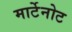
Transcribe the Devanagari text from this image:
मार्टेनोट